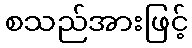
စသည်အားဖြင့်